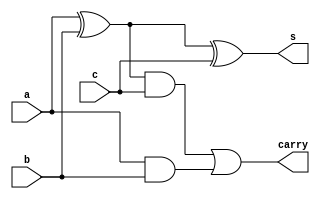
`timescale 1ns / 1ps
//////////////////////////////////////////////////////////////////////////////////
// Company: 
// Engineer: 
// 
// Design Name: 
// Module Name: FA
// Project Name: 
// Target Devices: 
// Tool Versions: 
// Description: 
// 
// Dependencies: 
// 
// Revision:
// Revision 0.01 - File Created
// Additional Comments:
// 
//////////////////////////////////////////////////////////////////////////////////


module FA(
    input a,
    input b,
    input c,
    output s,carry
    );
    assign s=(a^b)^c; 
    assign carry=(a^b)&c |a&b;
endmodule